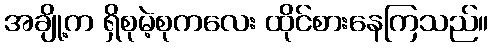
အချို့က ရှိစုမဲ့စုကလေး ထိုင်စားနေကြသည်။